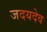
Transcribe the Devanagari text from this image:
जदयदेव